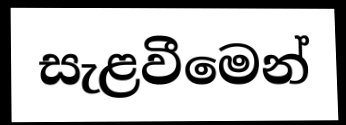
සැළවීමෙන්